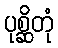
ပုစ္ဆိတုံ